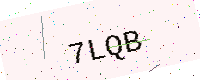
Text: 7LQB